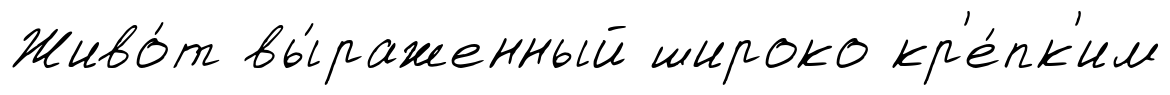
Живо́т вы́раженный широко кр'е́пк'им